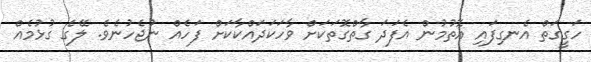
ހަގީގަތް އެނގިފައި އޮތުމުން އެފަދަ ގާތްގޮތަކަށް ވާހަކަދައްކާކަށް ފަހެއް ނުޖެހުނެވެ. ލޭގެ ގުޅުމެއް